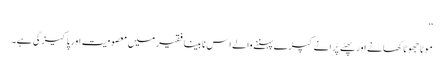
‘‘
موٹا جھوٹا کھانے اور پھٹے پُرانے کپڑے پہننے والے اِس نا بینا فقیر میں معصومیت اور پاکیزگی ہے۔